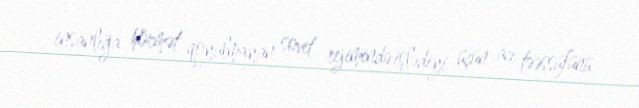
insanlığa hörmət qoyulmayan sovet rejimində işlədiyi üçün acı təəssüfünü